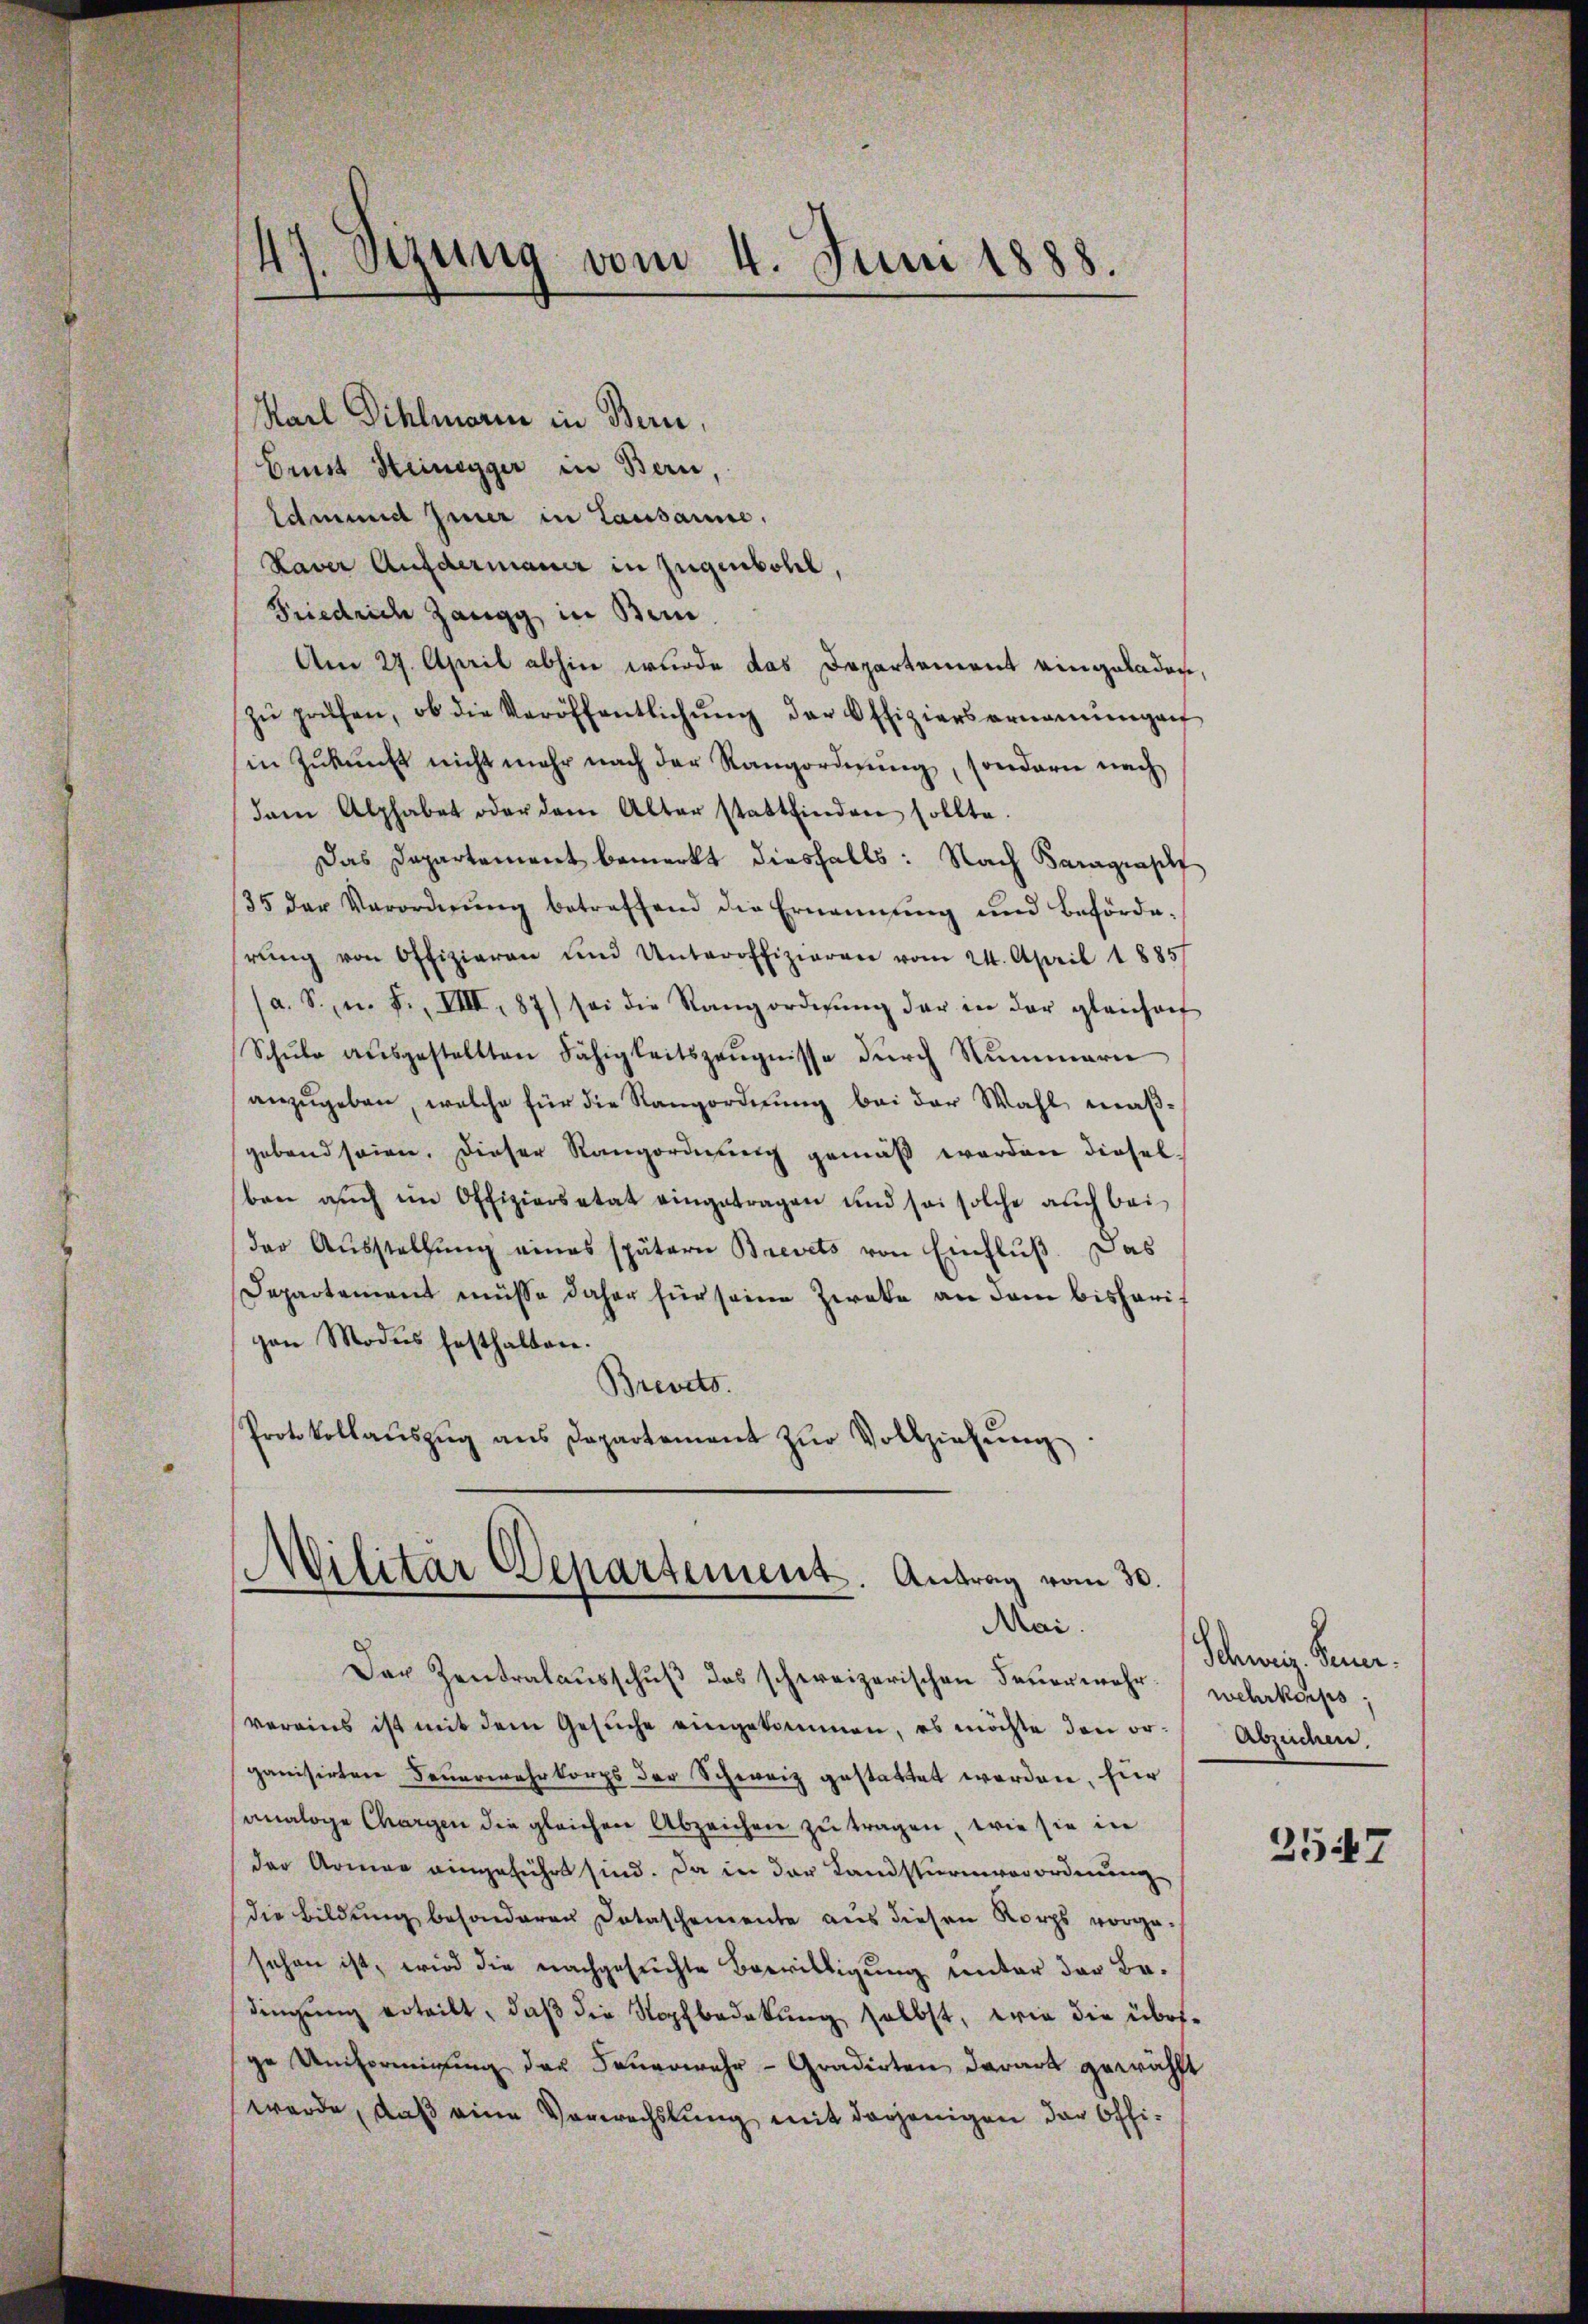
47. Sezung vom 4. Juni 1888.

Karl Dihlmorin in Bern,
Ernst Heinigger in Bern,
Edmund hier in Lausanne.
Kaver Aufdermauer in jugenbohl,
Friedrich Zangg in Bern.
Am 27. April abhin wurde das Departement eingeladen,
zŭ prüfen, ob die Veröffentlichŭng der Offiziersernanŭngen
in Zukunft nicht mehr nach der Rangordnung, sondern nach
dam Alphabet oder dem Alter stattfinden sollte.
Das Departement bemerkt diesfalls: Nach Baragrapf
35 der Verordnŭng betreffend die Ernennung und Beförde-
rŭng von Offizieren und Unteroffizieren vom 24. April 1885/
a. S. n. F. VIII 87) sei die Rangordnŭng der in der gleicharf
Schule ausgestellten Fähigkeitszeugnisse durch Nummern
anzŭgeben, welche für die Rangordnung bei der Wahl maßgebend seien. Dieser Rangordnung gemäß werden dieselben auch im Offiziersetat eingetragen und sei solche auch bei
der Aŭsstellŭng eines spätern Brevets von Einfluß. Das
Departement müsse daher für seine Zweke an dem bisheris
gen Modus festhalten.
Brevets.
Protokollaŭszŭg ans Departement zŭr Vollziehŭng
Militar Departement. Antrag vom 30.

Mai.

Der Zentralausschuß das schweizerischen Feuermehr wehrkorps;
vereins ist mit dem Gesŭche eingekommen, es möchte den or Absuchen,
ganisirten Feuerwehrkorps der Schweiz gestattet werden, für
analoge Chargen die gleichen Abzeichen zu tragen, wie sie in
der Armee eingeführt sind. Da in der Landsturmvorordnung
die Bildung besonderen Dotaschemente aus diesen Korps vorge-
schen ist, wird die nachgesuchte Bewilligung unter der Bedingŭng erteilt, daβ die Sopfbedekung selbst, wie die übesge Unterminung der Feuerwehr - Gradirten derart gewählt
werde, daß eine Verwechslung mit derjenigen der Offi¬

Schweiz. Feuer.

357